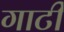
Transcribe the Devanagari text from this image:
गाटी